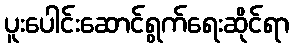
ပူးပေါင်းဆောင်ရွက်ရေးဆိုင်ရာ